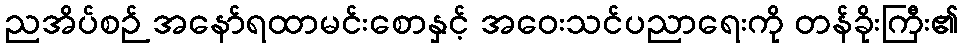
ညအိပ်စဉ် အနော်ရထာမင်းစောနှင့် အဝေးသင်ပညာရေးကို တန်ခိုးကြီး၏